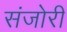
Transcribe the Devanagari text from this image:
संजोरी